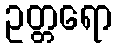
ဥတ္တရော